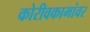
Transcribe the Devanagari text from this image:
कोरीवकामांवर